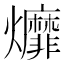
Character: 𤓒